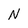
Character: N